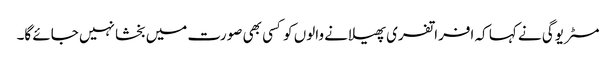
مسٹر یوگی نے کہا کہ افراتفری پھیلانے والوں کو کسی بھی صورت میں بخشا نہیں جائے گا۔